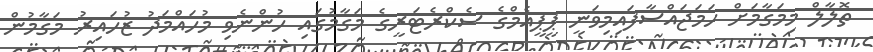
ތޮލާލް މިމަގާމަށް ހަމަޖައްސާފައިމިވަނީ ޕީޕީއެމްގެ ސެކްރެޓަރީގެ މަގާމުގައި ހުންނެވި މުހައްމަދު ޒުހައިރު މަގާމުން